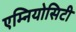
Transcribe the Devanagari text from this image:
एम्नियोसिटी